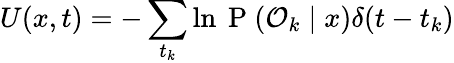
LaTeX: U(x,t)=-\sum_{t_{k}}\ln\mathrm{~P~}(\mathcal{O}_{k}\mid x)\delta(t-t_{k})